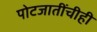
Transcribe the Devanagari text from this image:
पोटजातींचीही